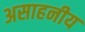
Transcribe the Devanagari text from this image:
असाहनीय